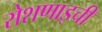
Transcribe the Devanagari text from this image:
रोशणाइची